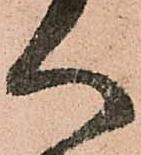
へ